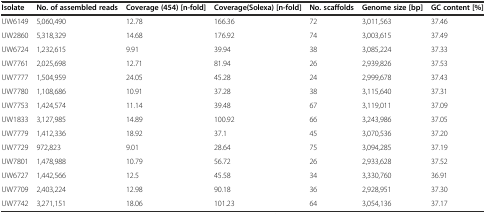
<table><thead><tr><td><b>Isolate</b></td><td><b>No. of assembled reads</b></td><td><b>Coverage (454) [n-fold]</b></td><td><b>Coverage(Solexa) [n-fold]</b></td><td><b>No. scaffolds</b></td><td><b>Genome size [bp]</b></td><td><b>GC content [%]</b></td></tr></thead><tbody><tr><td>UW6149</td><td>5,060,490</td><td>12.78</td><td>166.36</td><td>72</td><td>3,011,563</td><td>37.46</td></tr><tr><td>UW2860</td><td>5,318,329</td><td>14.68</td><td>176.92</td><td>74</td><td>3,003,615</td><td>37.49</td></tr><tr><td>UW6724</td><td>1,232,615</td><td>9.91</td><td>39.94</td><td>38</td><td>3,085,224</td><td>37.33</td></tr><tr><td>UW7761</td><td>2,025,698</td><td>12.71</td><td>81.94</td><td>26</td><td>2,939,826</td><td>37.53</td></tr><tr><td>UW7777</td><td>1,504,959</td><td>24.05</td><td>45.28</td><td>24</td><td>2,999,678</td><td>37.43</td></tr><tr><td>UW7780</td><td>1,108,686</td><td>10.91</td><td>37.28</td><td>38</td><td>3,115,640</td><td>37.31</td></tr><tr><td>UW7753</td><td>1,424,574</td><td>11.14</td><td>39.48</td><td>67</td><td>3,119,011</td><td>37.09</td></tr><tr><td>UW1833</td><td>3,127,985</td><td>14.89</td><td>100.92</td><td>66</td><td>3,243,986</td><td>37.05</td></tr><tr><td>UW7779</td><td>1,412,336</td><td>18.92</td><td>37.1</td><td>45</td><td>3,070,536</td><td>37.20</td></tr><tr><td>UW7729</td><td>972,823</td><td>9.01</td><td>28.64</td><td>75</td><td>3,094,285</td><td>37.19</td></tr><tr><td>UW7801</td><td>1,478,988</td><td>10.79</td><td>56.72</td><td>26</td><td>2,933,628</td><td>37.52</td></tr><tr><td>UW6727</td><td>1,442,566</td><td>12.5</td><td>45.58</td><td>34</td><td>3,330,760</td><td>36.91</td></tr><tr><td>UW7709</td><td>2,403,224</td><td>12.98</td><td>90.18</td><td>36</td><td>2,928,951</td><td>37.30</td></tr><tr><td>UW7742</td><td>3,271,151</td><td>18.06</td><td>101.23</td><td>64</td><td>3,054,136</td><td>37.17</td></tr></tbody></table>